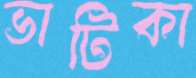
ভাটিকা